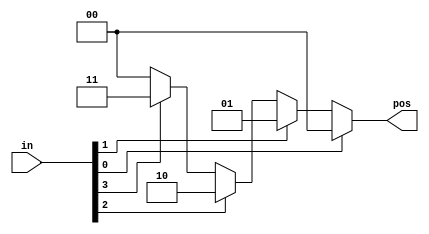
// Always case2
// always_casePreviousNextalways_casez
// A priority encoder is a combinational circuit that, when given an input bit vector, outputs the position of the first 1 bit in the vector. For example, a 8-bit priority encoder given the input 8'b10010000 would output 3'd4, because bit[4] is first bit that is high.

// Build a 4-bit priority encoder. For this problem, if none of the input bits are high (i.e., input is zero), output zero. Note that a 4-bit number has 16 possible combinations.






//
//1.   xx   
//2. case ;   
//3. case  default  
//4. case  
//  casex   
//5. always    tab 
module top_module(
    input [3:0]in,
    output reg [1:0]pos
);
always @(*) begin
    pos=(in[0]&1) ? 2'b00:(in[1]&1) ? 2'b01:(in[2]&1) ? 2'b10:(in[3]&1)? 2'b11:2'b00;
    // pos = (in[0] & 1) ? 2'd0 : (in[1] & 1) ? 2'd1 : (in[2] & 1) ? 2'd2 : (in[3] & 1) ? 2'd3 : 2'd0;
end
// always @(*) begin
//     casex(in)
//         4'bxxx1: pos=2'b00;
//         4'bxx1x: pos=2'b01;
//         4'bx1xx: pos=2'b10;
//         4'b1xxx: pos=2'b11;  

//         default: pos=2'b00;
//     endcase
// end


endmodule